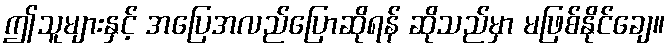
ဤသူများနှင့် အပြေအလည်ပြောဆိုရန် ဆိုသည်မှာ မဖြစ်နိုင်ချေ။